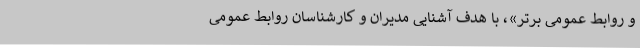
و روابط عمومی برتر»، با هدف آشنایی مدیران و کارشناسان روابط عمومی